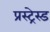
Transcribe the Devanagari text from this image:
प्रस्ट्रेस्ड